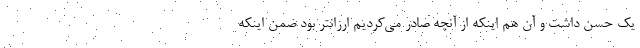
یک حسن داشت و آن هم اینکه از آنچه صادر می‌کردیم ارزانتر بود ضمن اینکه